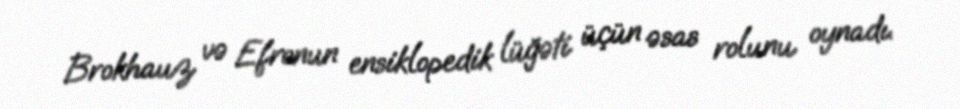
Brokhauz və Efronun ensiklopedik lüğəti üçün əsas rolunu oynadı.